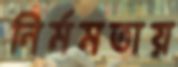
নির্মমতায়